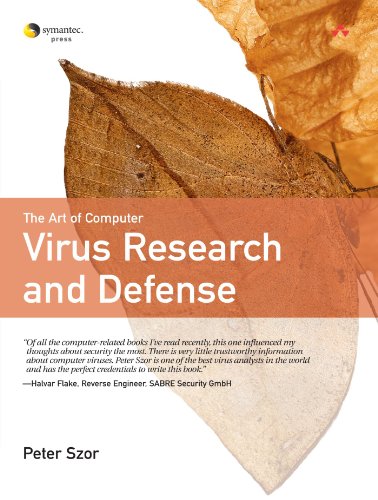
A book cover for The Art of  Computer Virus Research and Defense; Peter Szor; Computers & Technology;